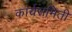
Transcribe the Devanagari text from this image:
कार्यसमिती